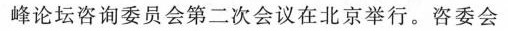
峰论坛咨询委员会第二次会议在北京举行。咨委会